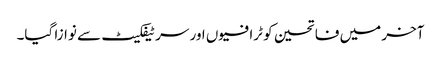
آخر میں فاتحین کو ٹرافیوں اور سرٹیفکیٹ سے نوازا گیا۔